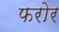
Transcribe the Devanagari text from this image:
फरोर